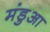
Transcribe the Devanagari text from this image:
मंडुआ